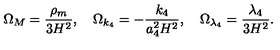
\Omega _ { M } = \frac { \rho _ { m } } { 3 H ^ { 2 } } , \quad \Omega _ { k _ { 4 } } = - \frac { k _ { 4 } } { a _ { 4 } ^ { 2 } H ^ { 2 } } , \quad \Omega _ { \lambda _ { 4 } } = \frac { \lambda _ { 4 } } { 3 H ^ { 2 } } .